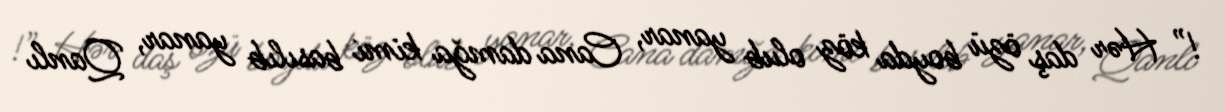
!” Hər daş özü boyda köz olub yanar, Cana damğa kimi basılıb yanar, Qanlı